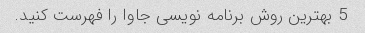
5 بهترین روش برنامه نویسی جاوا را فهرست کنید.